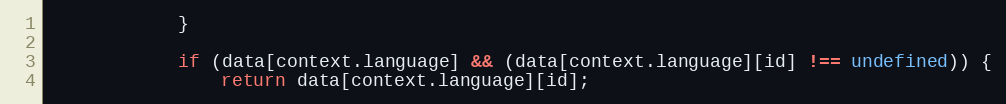
Language: JavaScript
            }

            if (data[context.language] && (data[context.language][id] !== undefined)) {
                return data[context.language][id];